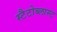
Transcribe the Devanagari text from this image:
स्टैटोब्लास्ट